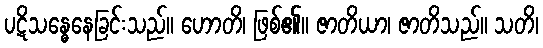
ပဋိသန္ဓေနေခြင်းသည်။ ဟောတိ၊ ဖြစ်၏။ ဇာတိယာ၊ ဇာတိသည်။ သတိ၊